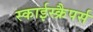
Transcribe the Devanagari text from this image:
स्काईस्क्रैपर्स